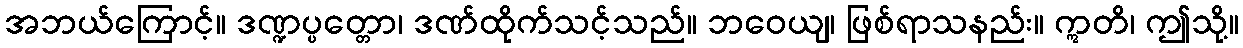
အဘယ်ကြောင့်။ ဒဏ္ဍပ္ပတ္တော၊ ဒဏ်ထိုက်သင့်သည်။ ဘဝေယျ၊ ဖြစ်ရာသနည်း။ ဣတိ၊ ဤသို့။